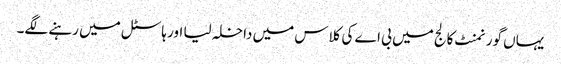
یہاں گورنمنٹ کالج میں بی اے کی کلاس میں داخلہ لیا اور ہاسٹل میں رہنے لگے۔